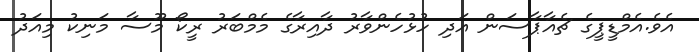
އެވެ.އެމްޑީޕީގެ ޗެއާޕާސަން އަދި ހުޅުހެންވާރު ދާއިރާގެ މެމްބަރު ރީކޯ މޫސާ މަނިކު މިއަދު